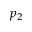
p _ { 2 }